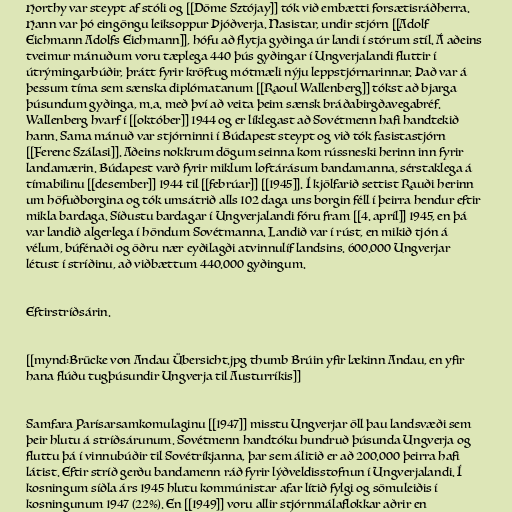
Horthy var steypt af stóli og [[Döme Sztójay]] tók við embætti forsætisráðherra.
Hann var þó eingöngu leiksoppur Þjóðverja. Nasistar, undir stjórn [[Adolf
Eichmann Adolfs Eichmann]], hófu að flytja gyðinga úr landi í stórum stíl. Á aðeins
tveimur mánuðum voru tæplega 440 þús gyðingar í Ungverjalandi fluttir í
útrýmingarbúðir, þrátt fyrir kröftug mótmæli nýju leppstjórnarinnar. Það var á
þessum tíma sem sænska diplómatanum [[Raoul Wallenberg]] tókst að bjarga
þúsundum gyðinga, m.a. með því að veita þeim sænsk bráðabirgðavegabréf.
Wallenberg hvarf í [[október]] 1944 og er líklegast að Sovétmenn hafi handtekið
hann. Sama mánuð var stjórninni í Búdapest steypt og við tók fasistastjórn
[[Ferenc Szálasi]]. Aðeins nokkrum dögum seinna kom rússneski herinn inn fyrir
landamærin. Búdapest varð fyrir miklum loftárásum bandamanna, sérstaklega á
tímabilinu [[desember]] 1944 til [[febrúar]] [[1945]]. Í kjölfarið settist Rauði herinn
um höfuðborgina og tók umsátrið alls 102 daga uns borgin féll í þeirra hendur eftir
mikla bardaga. Síðustu bardagar í Ungverjalandi fóru fram [[4. apríl]] 1945, en þá
var landið algerlega í höndum Sovétmanna. Landið var í rúst, en mikið tjón á
vélum, búfénaði og öðru nær eyðilagði atvinnulíf landsins. 600.000 Ungverjar
létust í stríðinu, að viðbættum 440.000 gyðingum.

Eftirstríðsárin.

[[mynd:Brücke von Andau Übersicht.jpg thumb Brúin yfir lækinn Andau, en yfir
hana flúðu tugþúsundir Ungverja til Austurríkis]]

Samfara Parísarsamkomulaginu [[1947]] misstu Ungverjar öll þau landsvæði sem
þeir hlutu á stríðsárunum. Sovétmenn handtóku hundruð þúsunda Ungverja og
fluttu þá í vinnubúðir til Sovétríkjanna, þar sem álitið er að 200.000 þeirra hafi
látist. Eftir stríð gerðu bandamenn ráð fyrir lýðveldisstofnun í Ungverjalandi. Í
kosningum síðla árs 1945 hlutu kommúnistar afar lítið fylgi og sömuleiðis í
kosningunum 1947 (22%). En [[1949]] voru allir stjórnmálaflokkar aðrir en